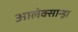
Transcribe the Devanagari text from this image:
आलेक्सान्ड्रा